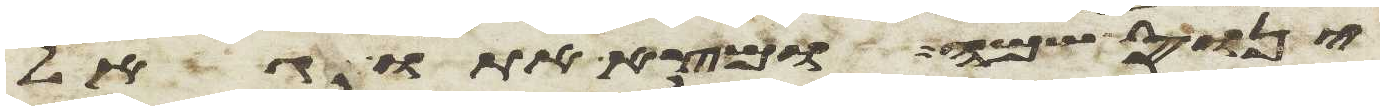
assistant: ינוס שמה ומצא אתו גאל